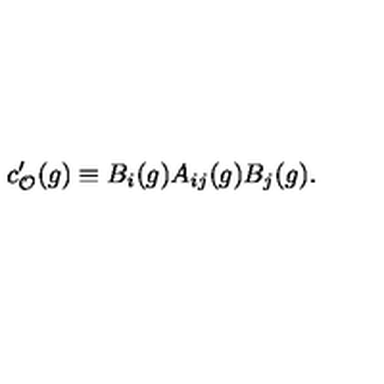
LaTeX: c _ { { \cal O } } ^ { \prime } ( g ) \equiv B _ { i } ( g ) A _ { i j } ( g ) B _ { j } ( g ) .